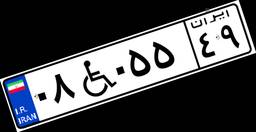
۰۸W۰۵۵۴۹